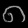
Digit: ၈